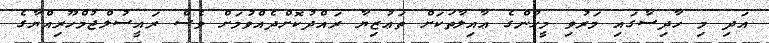
އަދި މި ހާދިސާގައި މަރުވި މީހުންގެ ޢާއިލާތަކަށް ތަޢުޒިޔާ ރައްދުކޮށްދެއްވުމަށް ވެސް ރައީސުލްޖުމްހޫރިއްޔާގެ